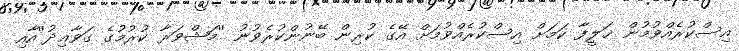
އިސްކުރެއްވުމުން ޚަލީފާ ކަމަށް އިސްކުރެއްވުމަށް އޭގެ ކުރިން ބޭނުންކުރެވުނު ''މަޝްވަރާ ކުރުމުގެ ގަވާޢިދު''އާއި